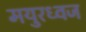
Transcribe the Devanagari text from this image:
मयुरध्वज